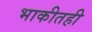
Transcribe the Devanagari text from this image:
भाकीतही